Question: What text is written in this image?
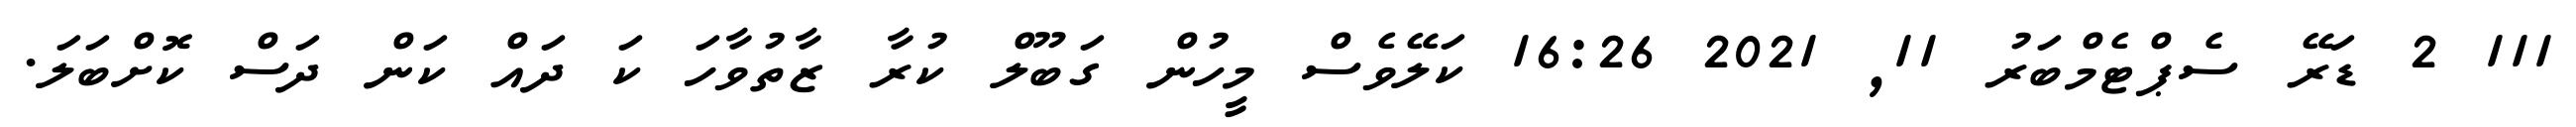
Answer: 111 2 ޑަރޭ ސެޕްޓެމްބަރު 11, 2021 16:26 ކަލޭވެސް މީހުން ގަބޫލް ކުރާ ޒާތުވާހަ ކަ ދައް ކަން ދަސް ކޮށްބަލަ.